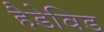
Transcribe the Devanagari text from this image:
हैडेविड